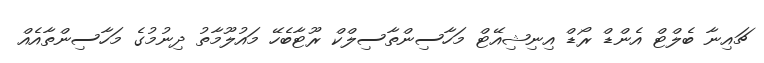
ޗައިނާ ބެލްޓް އެންޑް ރޯޑް އިނިޝިއޭޓް މަހާސިންތާސިލްކް ރޫޓާބެހޭ މައުލޫމާތު ދިނުމުގެ މަހާސިންތާއެއް